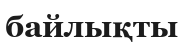
байлықты